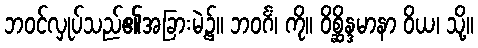
ဘဝင်လှုပ်သည်၏အခြားမဲ့၌။ ဘဝင်္ဂံ၊ ကို။ ဝိစ္ဆိန္ဒမာနာ ဝိယ၊ သို့။